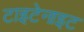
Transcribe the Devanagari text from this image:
टाइटेनाइट